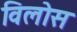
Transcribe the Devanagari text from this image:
विलोस